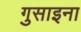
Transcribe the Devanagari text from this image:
गुसाइना